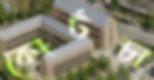
কোর্টচা